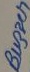
Text: Buzzer